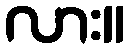
လား။